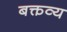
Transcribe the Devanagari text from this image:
बक्तव्य